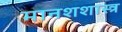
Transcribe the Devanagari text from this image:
मानशशास्त्र